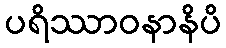
ပရိဿာဝနာနိပိ